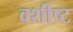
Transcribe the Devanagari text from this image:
वशीष्ट